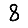
Digit: 8